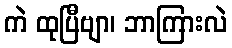
ကဲ ထုပြီဗျာ၊ ဘာကြားလဲ